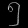
Digit: ၅